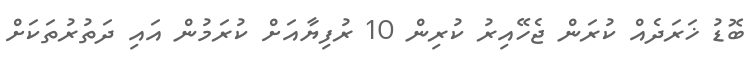
ބޮޑު ޚަރަދެއް ކުރަން ޖެހޭއިރު ކުރިން 10 ރުފިޔާއަށް ކުރަމުން އައި ދަތުރުތަކަށް